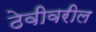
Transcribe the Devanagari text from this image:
ठेवीवरील